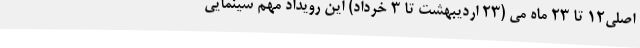
اصلی12 تا 23 ماه می (23 اردیبهشت تا 3 خرداد) این رویداد مهم سینمایی